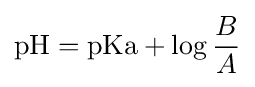
\mathrm {pH} =\mathrm {pKa} +\log {\frac {B}{A}}